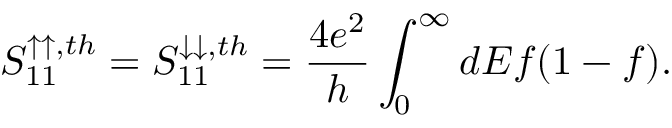
{ S _ { 1 1 } ^ { \uparrow \uparrow , t h } = S _ { 1 1 } ^ { \downarrow \downarrow , t h } = \frac { 4 e ^ { 2 } } { h } \int _ { 0 } ^ { \infty } d E f ( 1 - f ) . }